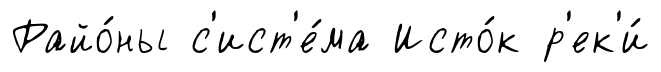
Райо́ны с'ист'е́ма Исто́к р'ек'и́